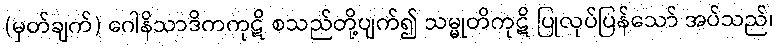
(မှတ်ချက်) ဂေါနိသာဒိကကုဋိ စသည်တို့ပျက်၍ သမ္မုတိကုဋိ ပြုလုပ်ပြန်သော် အပ်သည်၊